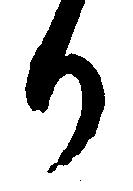
か